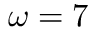
\omega = 7